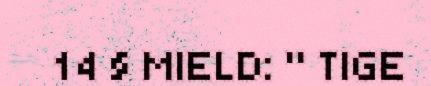
14 § MIELD: " TIGE